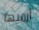
أرميها